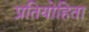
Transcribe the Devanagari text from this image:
प्रतियोहिता